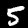
Label: 5